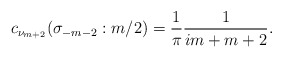
\begin{align*}c_{\nu_{m+2}}(\sigma_{-m-2}:m/2)=\frac{1}{\pi}\frac{1}{im+m+2}. \end{align*}